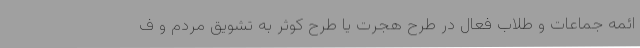
ائمه جماعات و طلاب فعال در طرح هجرت یا طرح کوثر به تشویق مردم و ف